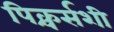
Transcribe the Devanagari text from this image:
पिक्चर्सशी